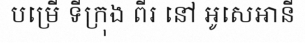
បម្រើ ទីក្រុង ពីរ នៅ អូសេអានី